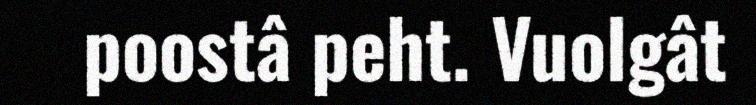
poostâ peht. Vuolgât